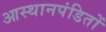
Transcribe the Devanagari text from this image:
आस्थानपंडितों